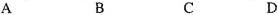
A B C D